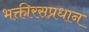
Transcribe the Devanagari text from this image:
भक्तीरसप्रधान